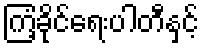
ကြံ့ခိုင်ရေးပါတီနှင့်